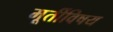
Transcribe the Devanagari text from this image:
मूर्तीविषय